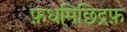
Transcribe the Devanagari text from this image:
फ़धमिछिद्रफ़